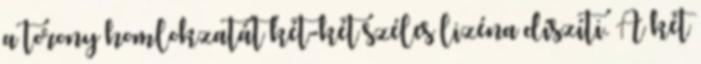
a torony homlokzatát két-két széles lizéna díszíti. A két